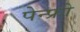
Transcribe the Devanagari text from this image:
पेन्फ्रो